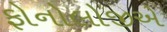
ફોનોલોજીએ